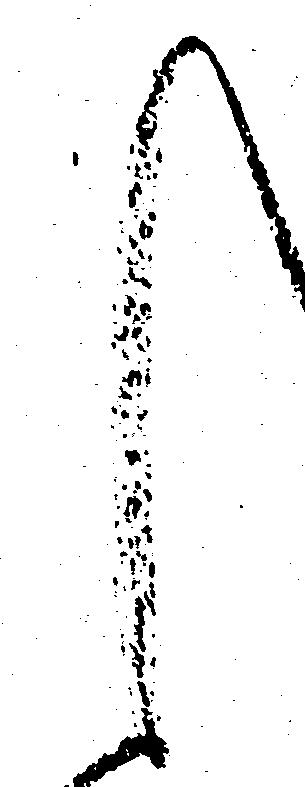
く